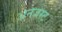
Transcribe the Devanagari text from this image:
अनजस्ट